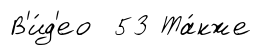
В'и́д'ео 53 Та́кже